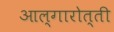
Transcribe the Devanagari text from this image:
आल्गारोत्ती